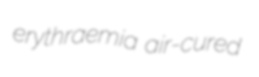
erythraemia air-cured